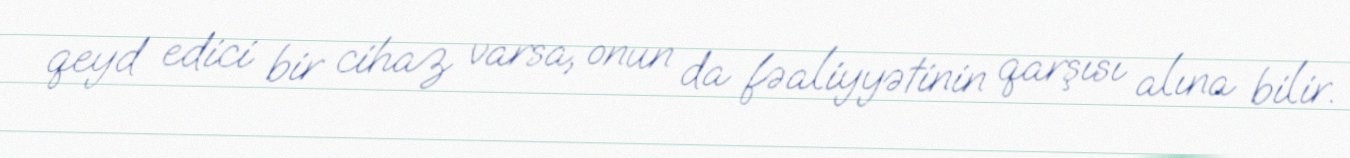
qeyd edici bir cihaz varsa, onun da fəaliyyətinin qarşısı alına bilir.